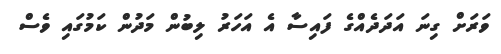
ވަރަށް ގިނަ އަދަދެއްގެ ފައިސާ އެ އަހަރު ލިބުން މަދުން ކަމުގައި ވެސް